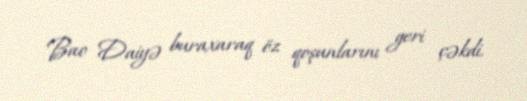
Bao Daiyə buraxaraq öz qoşunlarını geri çəkdi.